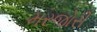
મરજોરી